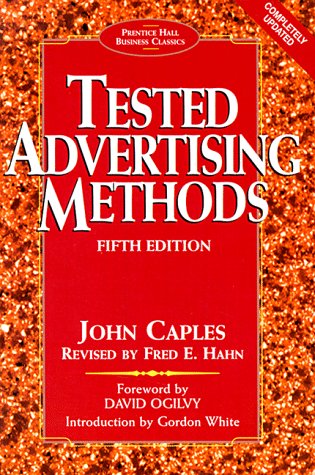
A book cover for Tested Advertising Methods (5th Edition) (Prentice Hall Business Classics); Caples; Business & Money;